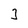
Character: 3